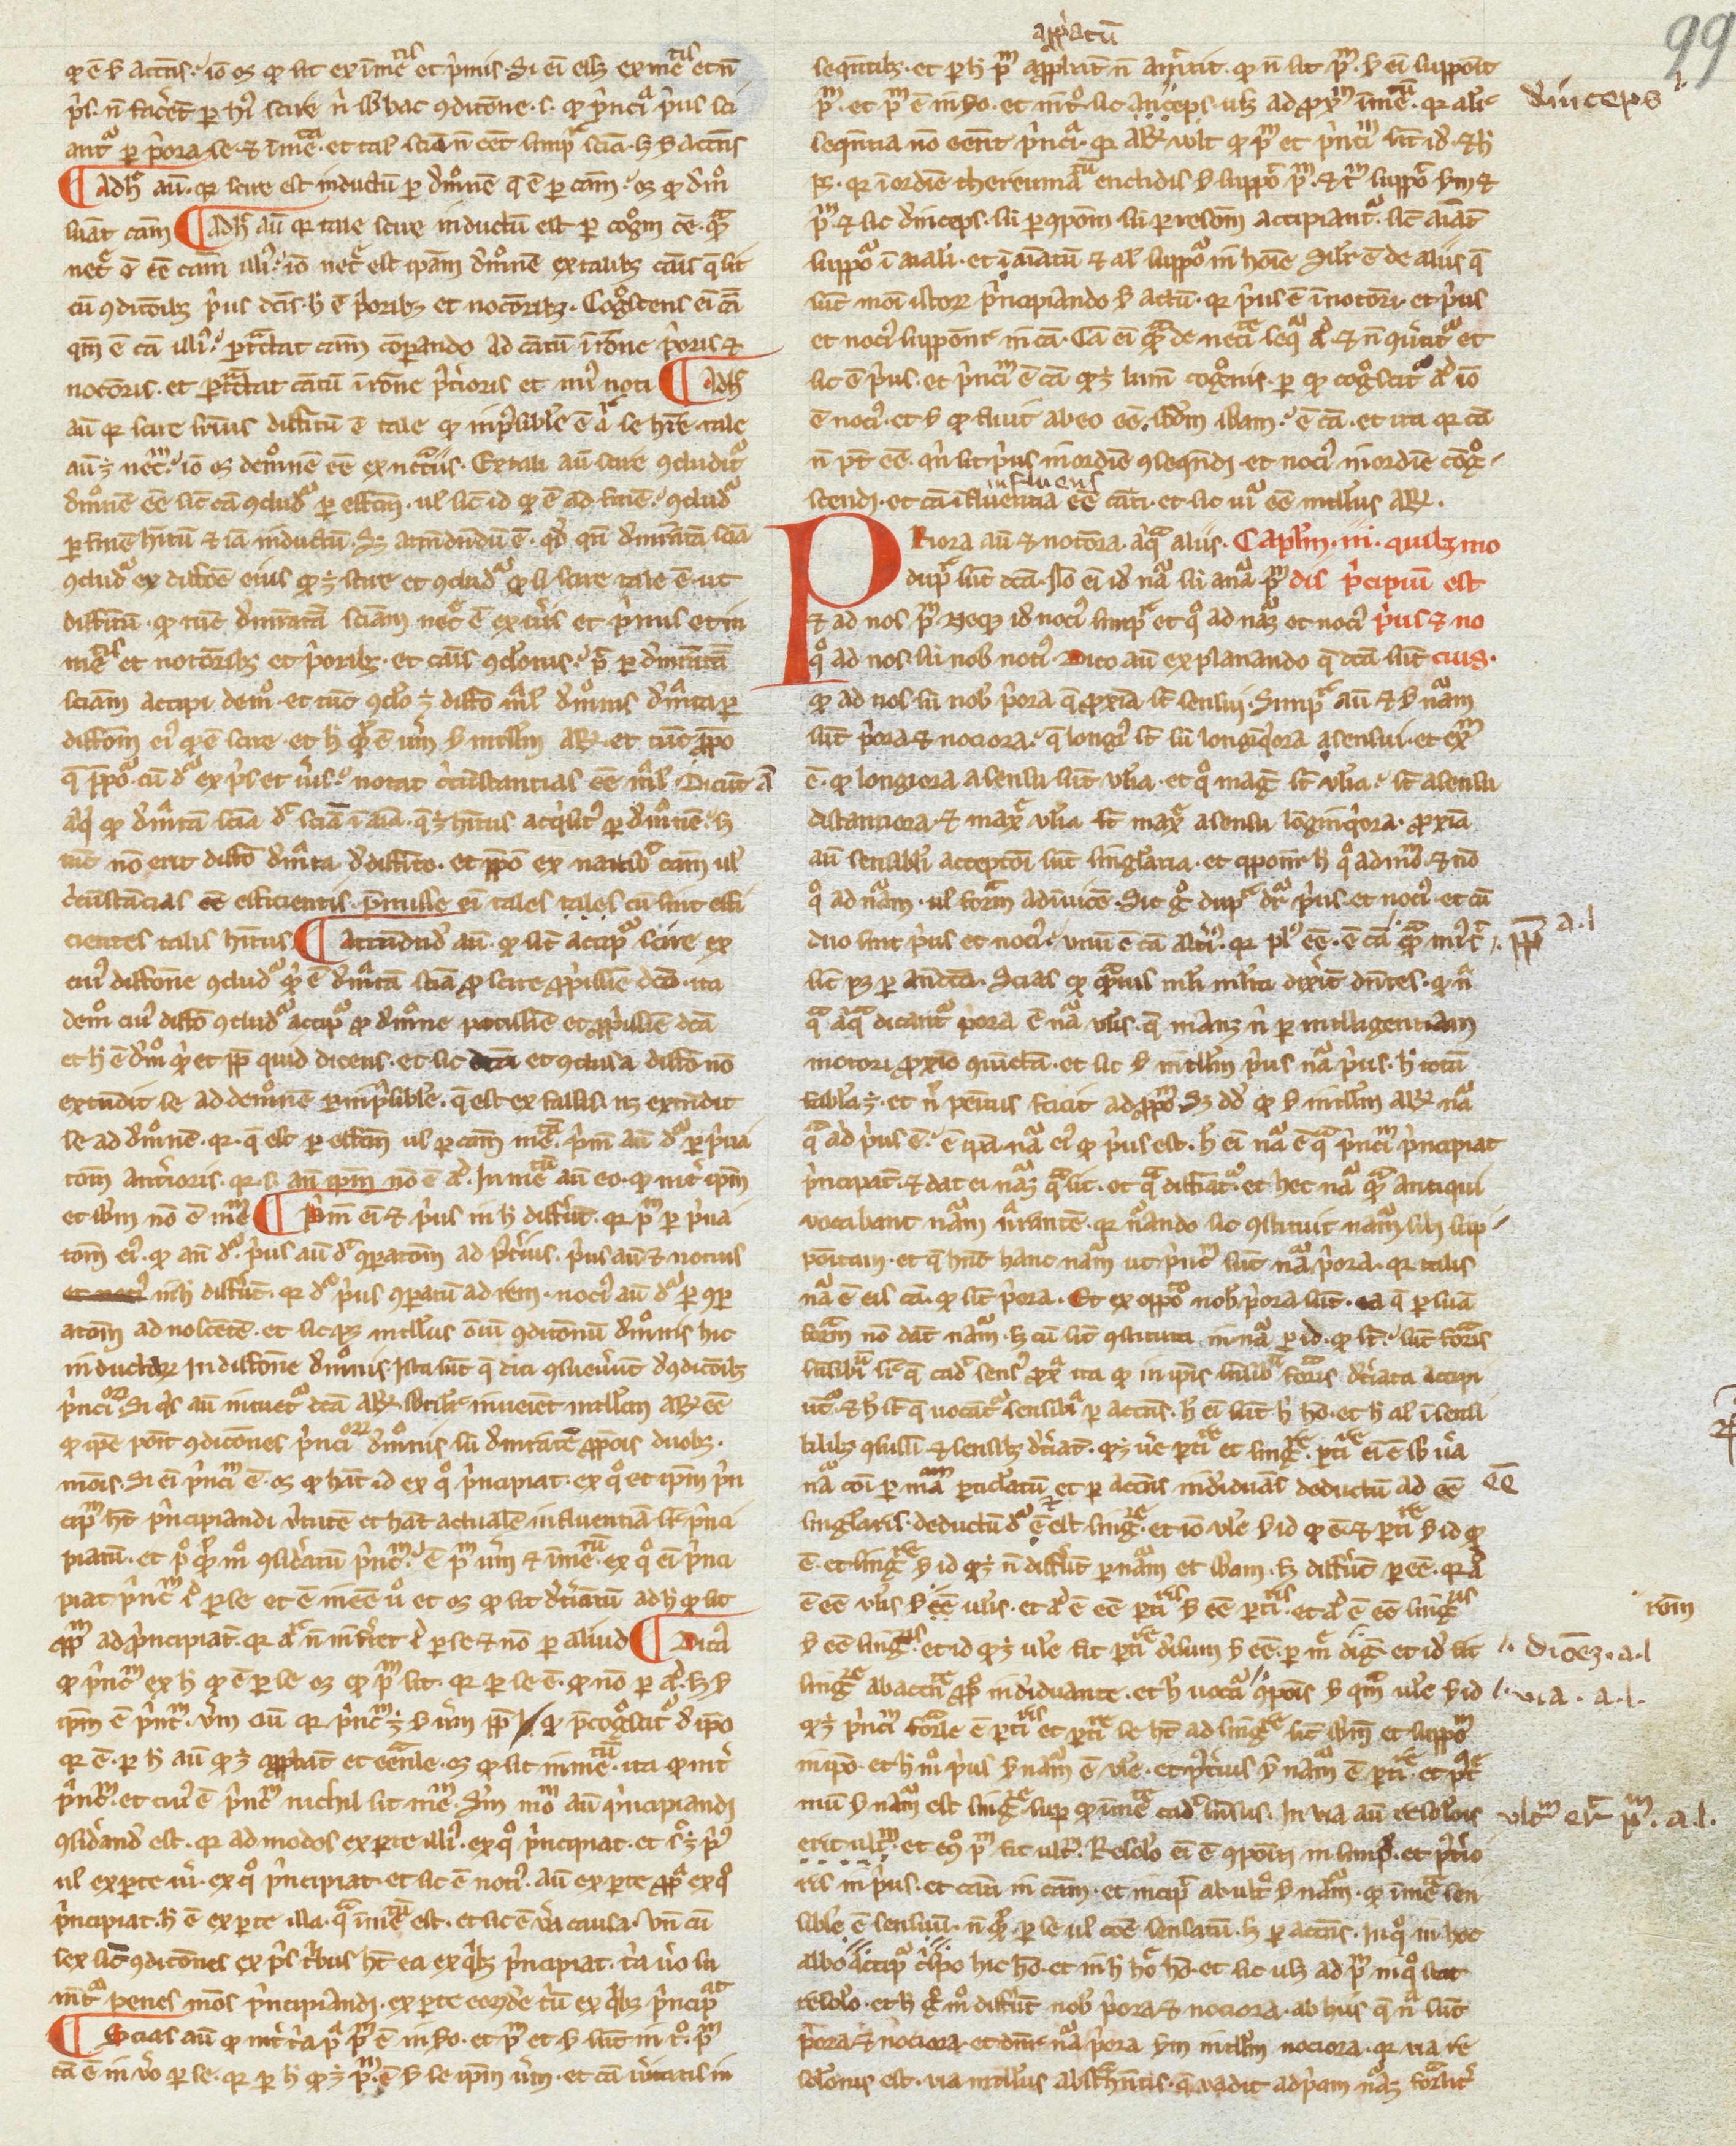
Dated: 1200–1399